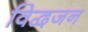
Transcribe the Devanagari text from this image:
विद्वजन